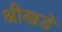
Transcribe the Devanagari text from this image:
श्रीखडें